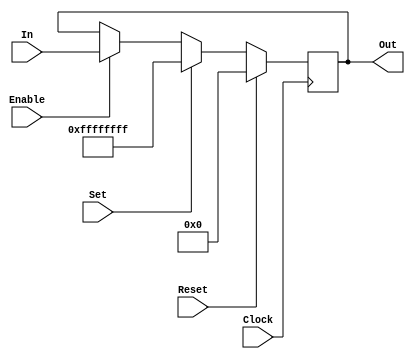
module	HardRegister(Clock, Reset, Set, Enable, In, Out) /* synthesis syn_hier = "hard" */;
	//--------------------------------------------------------------------------
	//	Parameters
	//--------------------------------------------------------------------------
	parameter				Width = 				32,
							Initial =				{Width{1'bx}},
							AsyncReset =			0,
							AsyncSet =				0,
							ResetValue =			{Width{1'b0}},
							SetValue =				{Width{1'b1}};
	//--------------------------------------------------------------------------

	//--------------------------------------------------------------------------
	//	Inputs & Outputs
	//--------------------------------------------------------------------------
	input					Clock, Enable, Reset, Set;
	input	[Width-1:0]		In;
	output reg [Width-1:0]	Out =					Initial /* synthesis syn_keep = 1 */;
	//--------------------------------------------------------------------------

	//--------------------------------------------------------------------------
	//	Behavioral Register
	//--------------------------------------------------------------------------
	generate if (AsyncReset) begin:AR
		if (AsyncSet) begin:AS
			always @ (posedge Clock or posedge Reset or posedge Set) begin
				if (Reset) Out <=					ResetValue;
				else if (Set) Out <=				SetValue;
				else if (Enable) Out <=				In;
			end
		end else begin:SS
			always @ (posedge Clock or posedge Reset) begin
				if (Reset) Out <=					ResetValue;
				else if (Set) Out <=				SetValue;
				else if (Enable) Out <=				In;
			end
		end
	end else begin:SR
		if (AsyncSet) begin:AS
			always @ (posedge Clock or posedge Set) begin
				if (Reset) Out <=					ResetValue;
				else if (Set) Out <=				SetValue;
				else if (Enable) Out <=				In;
			end
		end else begin:SS
			always @ (posedge Clock) begin
				if (Reset) Out <=					ResetValue;
				else if (Set) Out <=				SetValue;
				else if (Enable) Out <=				In;
			end
		end
	end endgenerate
	//--------------------------------------------------------------------------
endmodule